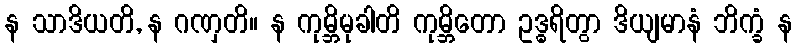
န သာဒိယတိ, န ဂဏှတိ။ န ကုမ္ဘိမုခါတိ ကုမ္ဘိတော ဥဒ္ဓရိတွာ ဒိယျမာနံ ဘိက္ခံ န